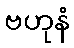
ဗဟုနံ